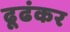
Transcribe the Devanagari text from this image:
ढूढंकर